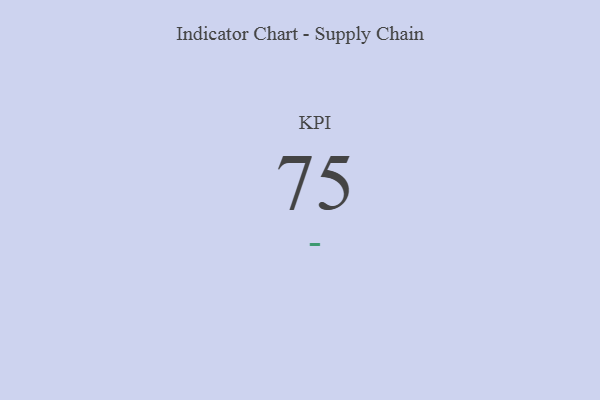
{"axis": {"x": "KPI", "y": "Value"}, "legend": [""], "data": [{"x": "KPI", "y": 75, "type": ""}]}